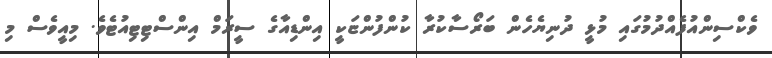
ވެކްސިންއުފެއްދުމުގައި މުޅީ ދުނިޔެހެން ބަރޯސާކުރާ ކުންފުންޏަކީ އިންޑިއާގެ ސީރަމް އިންސްޓިޓިއުޓެވެ. މިއީވެސް މި